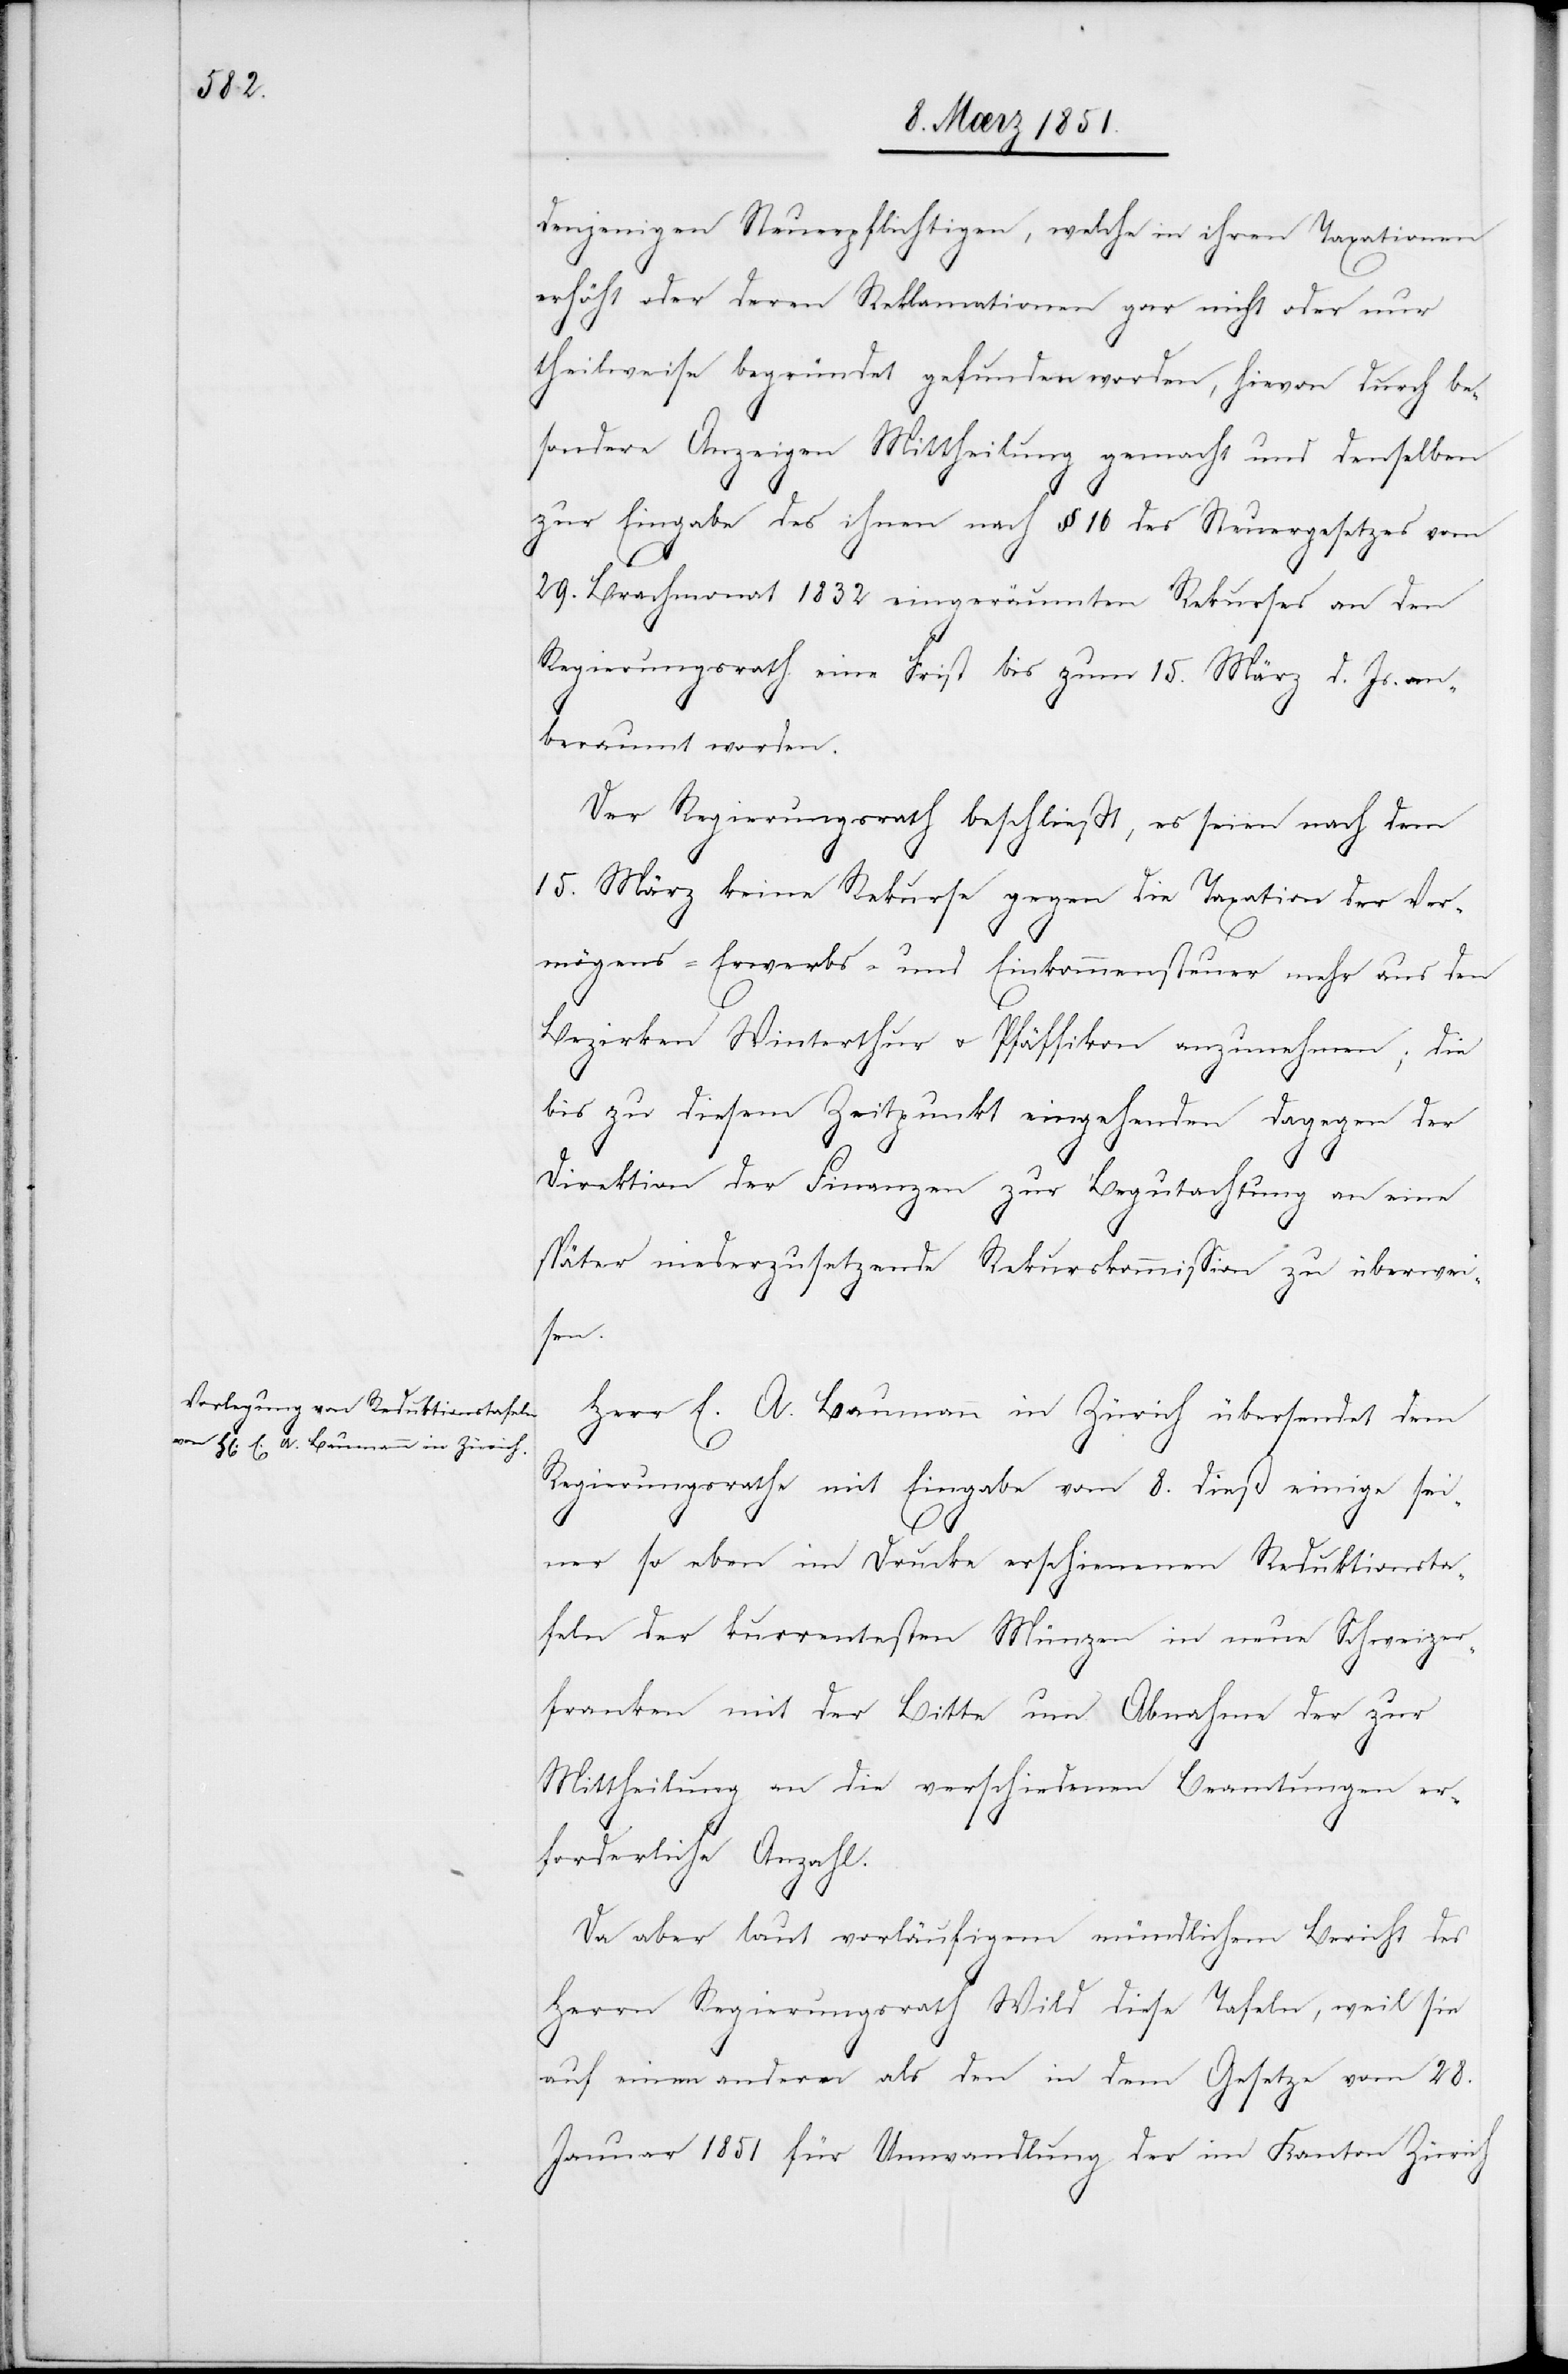
denjenigen Steuerpflichtigen, welche in ihren Taxationen
erhöht oder deren Reklamationen gar nicht oder nur
theilweise begründet gefunden worden, hievon durch be¬
sondere Anzeigen Mittheilung gemacht und denselben
zur Eingabe des ihnen nach § 16 des Steuergesetzes vom
29. Brachmonat 1832 eingeräumten Rekurses an den
Regierungsrath eine Frist bis zum 15. März d. Js. an¬
beraumt worden.
Der Regierungsrath beschließt, es seien nach dem
15. März keine Rekurse gegen die Taxation der Ver¬
mögens-[,] Erwerbs- und Einkommensteuer mehr aus den
Bezirken Winterthur u. Pfäffikon anzunehmen; die
bis zu diesem Zeitpunkt eingehenden dagegen der
Direktion der Finanzen zur Begutachtung an eine
später niederzusetzende Rekurskommission zu überwei¬
sen.
Herr E. A. Baumann in Zürich übersendet dem
Regierungsrathe mit Eingabe vom 8. dieß einige sei¬
ner so eben im Drucke erschienenen Reduktionsta¬
feln der kurrentesten Münzen in neue Schweizer¬
franken mit der Bitte um Abnahme der zur
Mittheilung an die verschiedenen Beamtungen er¬
forderliche[n] Anzahl.
Da aber laut vorläufigem mündlichem Bericht des
Herrn Regierungsrath Wild diese Tafeln, weil sie
auf einen andern als den in dem Gesetze vom 28.
Januar 1851 für Umwandlung der im Kanton Zürich